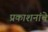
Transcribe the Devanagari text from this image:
प्रकाशनांचे